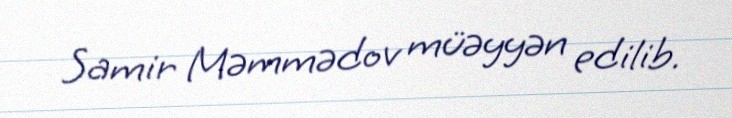
Samir Məmmədov müəyyən edilib.